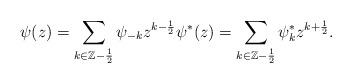
LaTeX: \begin{align*}\psi(z) = \sum_{k \in \mathbb{Z}-\frac{1}{2}} \psi_{-k} z^{k-\frac{1}{2}} &\psi^*(z) = \sum_{k \in \mathbb{Z}-\frac{1}{2}} \psi_{k}^* z^{k+\frac{1}{2}}.\end{align*}